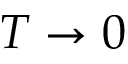
T \to 0